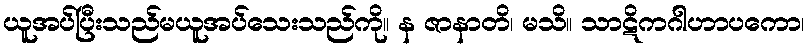
ယူအပ်ပြီးသည်မယူအပ်သေးသည်ကို။ န ဇာနာတိ၊ မသိ။ သာဋိကဂါဟာပကော၊